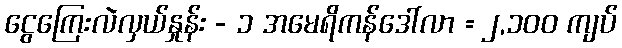
ငွေကြေးလဲလှယ်နှုန်း - ၁ အမေရိကန်ဒေါ်လာ = ၂,၁၀၀ ကျပ်